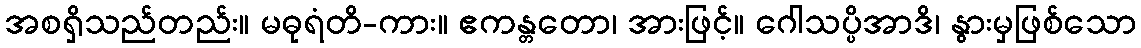
အစရှိသည်တည်း။ မဓုရံတိ-ကား။ ဧကန္တတော၊ အားဖြင့်။ ဂေါသပ္ပိအာဒိ၊ နွားမှဖြစ်သော